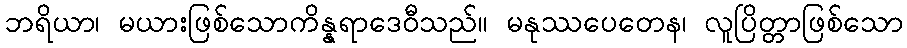
ဘရိယာ၊ မယားဖြစ်သောကိန္နရာဒေဝီသည်။ မနုဿပေတေန၊ လူပြိတ္တာဖြစ်သော